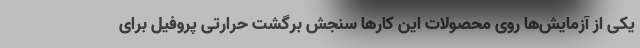
یکی از آزمایش‌ها روی محصولات این کارها سنجش برگشت حرارتی پروفیل برای